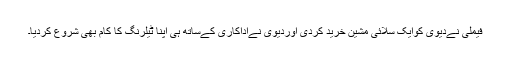
فیملی نےدیوی کوایک سلائی مشین خرید کردی اوردیوی نےاداکاری کےساتھ ہی اپنا ٹیلرنگ کا کام بھی شروع کردیا۔